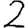
Digit: 2